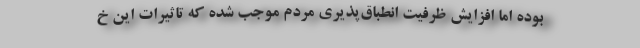
بوده اما افزایش ظرفیت انطباق‌پذیری مردم موجب شده که تاثیرات این خ